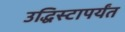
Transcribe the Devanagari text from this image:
उद्धिस्टापर्यंत